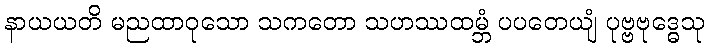
နာယယတိ မညထာဝုသော သကတော သဟဿထမ္ဘံ ပပတေယျံ ပုဗ္ဗဗုဒ္ဓေသု